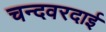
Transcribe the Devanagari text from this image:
चन्दवरदाई